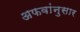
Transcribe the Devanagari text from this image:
अफवांनुसार